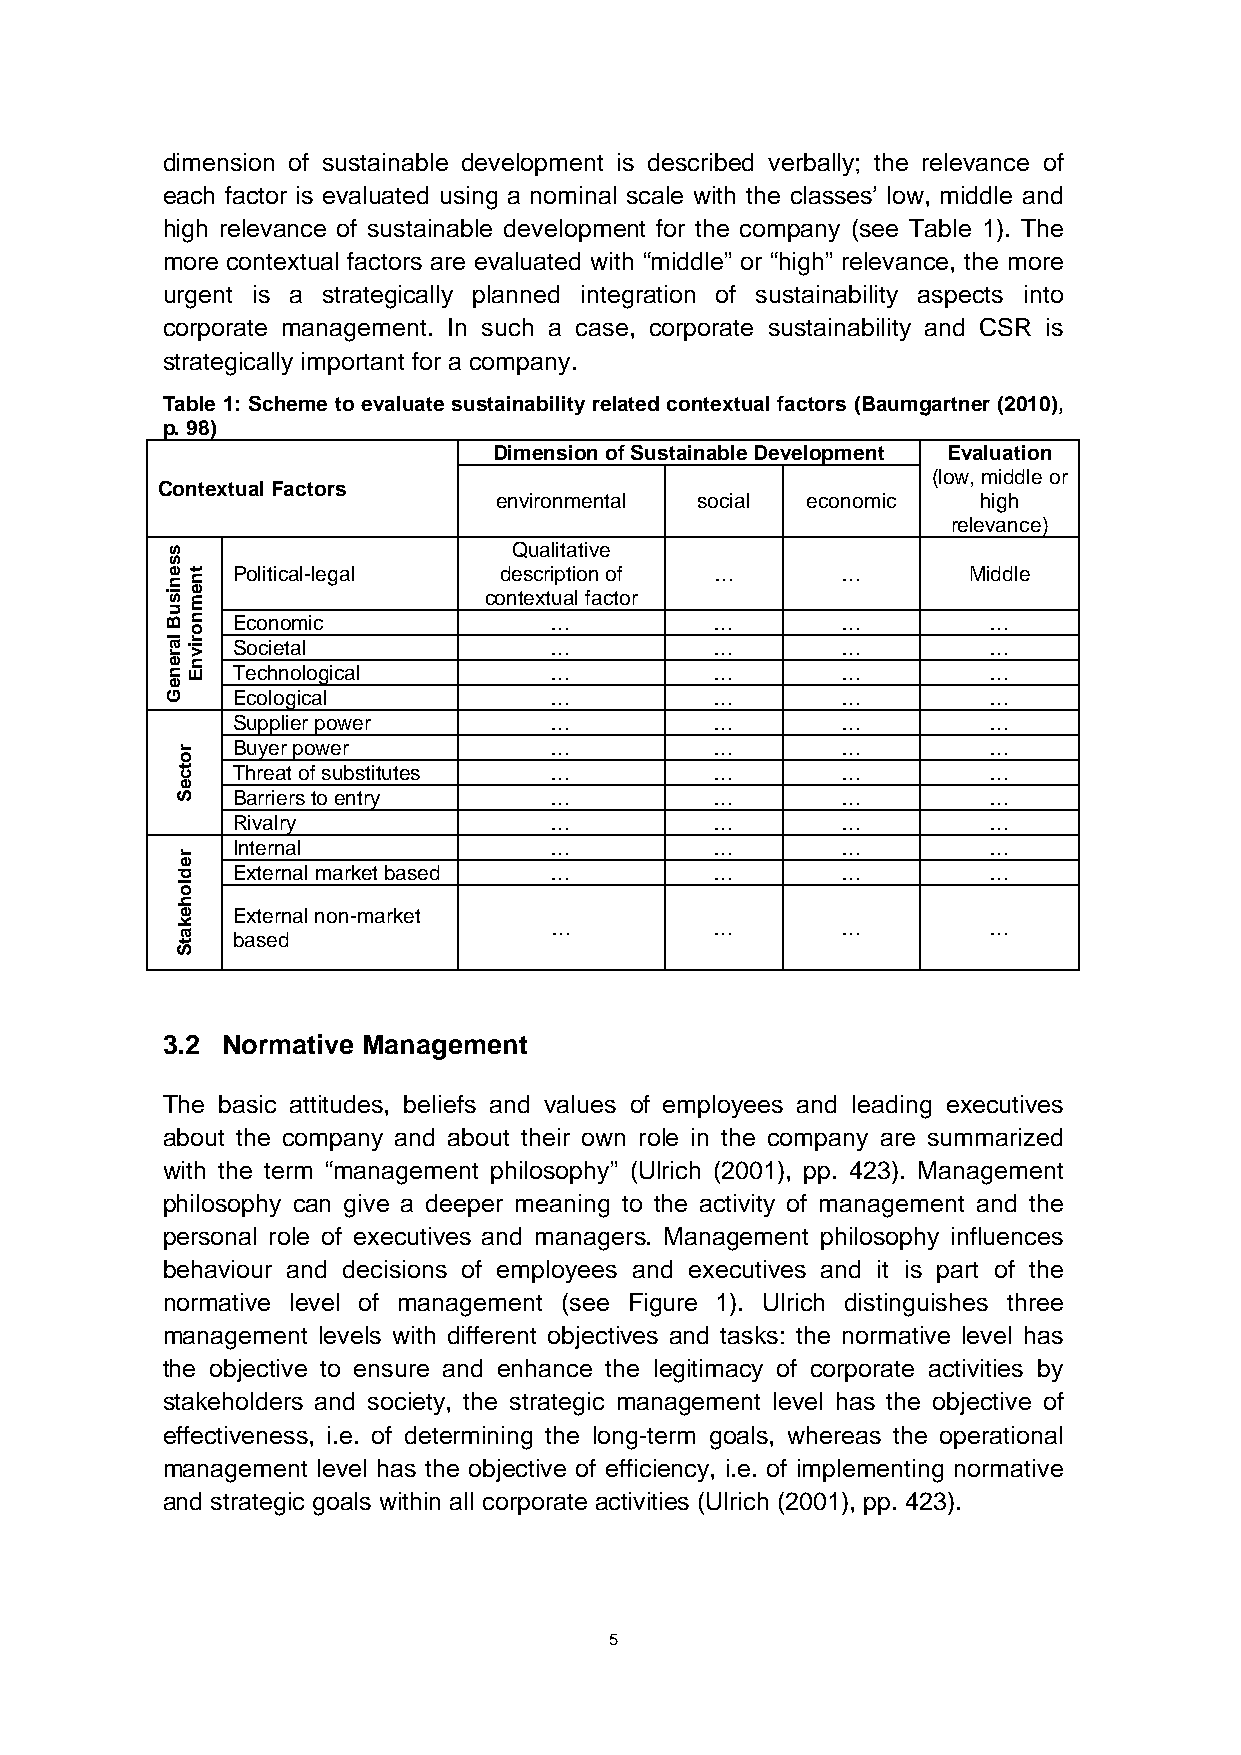
dimension of sustainable development is described verbally; the relevance of
 each factor is evaluated using a nominal scale with the classes’ low, middle and
 high relevance of sustainable development for the company (see Table 1). The
 more contextual factors are evaluated with “middle” or “high” relevance, the more
 urgent is a strategically planned integration of sustainability aspects into
 corporate management. In such a case, corporate sustainability and CSR is
 strategically important for a company.
 Table 1: Scheme to evaluate sustainability related contextual factors (Baumgartner (2010),
 p. 98)
 Dimension of Sustainable Development Evaluation
 (low, middle or
 Contextual Factors
 environmental social economic   high
 relevance)
 Qualitative
 Political-legal   description of …       …       Middle
 contextual factor
 Economic             …          …        …        …
 Societal             …          …        …        …
 Technological        …          …        …        …
 Ecological           …          …        …        …
 Supplier power       …          …        …        …
 Buyer power          …          …        …        …
 Threat of substitutes …         …        …        …
 Barriers to entry    …          …        …        …
 Rivalry              …          …        …        …
 Internal             …          …        …        …
 External market based …         …        …        …
 External non-market
 …          …        …        …
 based
 3.2 Normative Management
 The basic attitudes, beliefs and values of employees and leading executives
 about the company and about their own role in the company are summarized
 with the term “management philosophy” (Ulrich (2001), pp. 423). Management
 philosophy can give a deeper meaning to the activity of management and the
 personal role of executives and managers. Management philosophy influences
 behaviour and decisions of employees and executives and it is part of the
 normative level of management (see Figure 1). Ulrich distinguishes three
 management levels with different objectives and tasks: the normative level has
 the objective to ensure and enhance the legitimacy of corporate activities by
 stakeholders and society, the strategic management level has the objective of
 effectiveness, i.e. of determining the long-term goals, whereas the operational
 management level has the objective of efficiency, i.e. of implementing normative
 and strategic goals within all corporate activities (Ulrich (2001), pp. 423).
 5
 ssenisuB
 lareneG
 rotceS
 redlohekatS
 tnemnorivnE